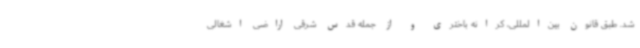
شد. طبق قانون بین‌المللی، کرانه باختری و از جمله قدس شرقی اراضی اشغالی